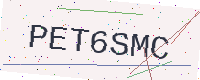
Text: PET6SMC